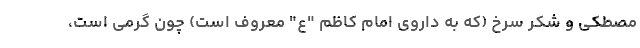
مصطکی و شکر سرخ (که به داروی امام کاظم "ع" معروف است) چون گرمی است،